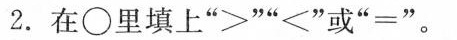
2.在\circ里填上“>”“<”或“=”。